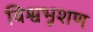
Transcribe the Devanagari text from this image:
विश्वभूशण